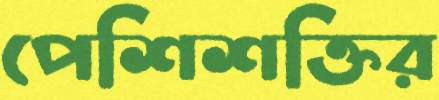
পেশিশক্তির